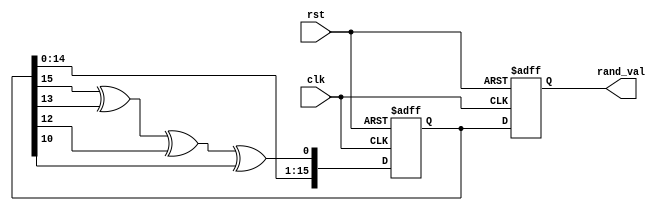
module random_initialization (
    input wire clk,          // Clock signal
    input wire rst,          // Asynchronous reset signal
    output reg [15:0] rand_val // Random value output (16-bit)
);

    // LFSR configuration parameters
    reg [15:0] lfsr; // Internal state of the LFSR
    wire feedback;    // Feedback bit for LFSR

    // Feedback polynomial for a 16-bit LFSR (x^16 + x^14 + x^13 + x^11 + 1)
    assign feedback = lfsr[15] ^ lfsr[13] ^ lfsr[12] ^ lfsr[10];

    // Initialization of the LFSR
    always @(posedge clk or posedge rst) begin
        if (rst) begin
            // Reset the LFSR to a known state (non-zero)
            lfsr <= 16'hACE1; // Example seed value
            rand_val <= 16'h0000; // Initial random value
        end else begin
            // Shift the LFSR and generate a new random value
            lfsr <= {lfsr[14:0], feedback};
            rand_val <= lfsr; // Assign the current LFSR value to rand_val
        end
    end

endmodule